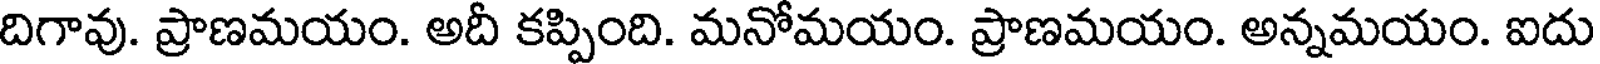
దిగావు. ప్రాణమయం. అదీ కప్పింది. మనోమయం. ప్రాణమయం. అన్నమయం. ఐదు